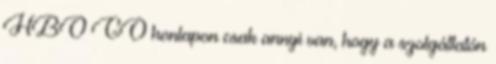
HBO GO honlapon csak annyi van, hogy a szolgáltatón